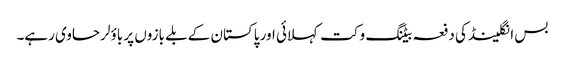
بس انگلینڈ کی دفعہ بیٹنگ وکت کہلائی اور پاکستان کے بلے بازوں پر باؤلر حاوی رہے۔